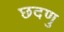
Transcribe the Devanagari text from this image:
छदणु